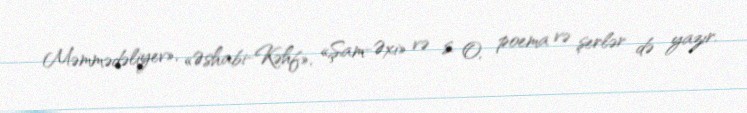
Məmmədəliyev», «Əshabi-Kəhf», «Şam-Əxi» və s. O, poema və şerlər də yazır.